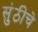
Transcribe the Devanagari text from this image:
सुंठीचे